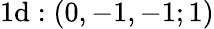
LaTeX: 1\mathrm{d}:(0,-1,-1;1)